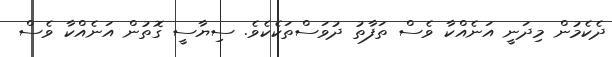
ދެކެމުން މިދަނީ އަނެއްކާ ވެސް ތަފާތު ދުވަސްތަކެކެވެ. ސިޔާސީ ގޮތުން އަނެއްކާ ވެސް